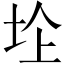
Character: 𱖛